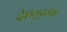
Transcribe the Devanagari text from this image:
देशमुखांस